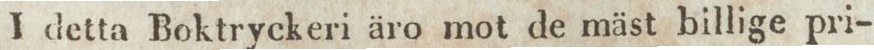
I detta Boktryckeri äro mot de mäst billige pri-